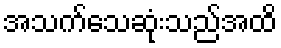
အသက်သေဆုံးသည်အထိ